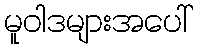
မူဝါဒများအပေါ်